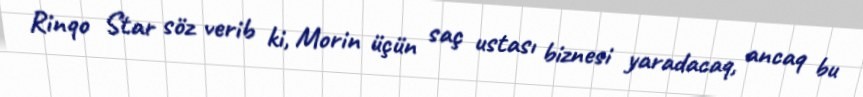
Rinqo Star söz verib ki, Morin üçün saç ustası biznesi yaradacaq, ancaq bu